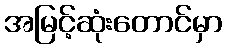
အမြင့်ဆုံးတောင်မှာ